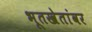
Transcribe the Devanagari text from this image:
भूतखेतांवर